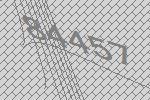
84457